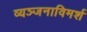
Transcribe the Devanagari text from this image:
व्यञ्जनाविमर्श